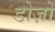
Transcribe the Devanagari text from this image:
डोज़ों